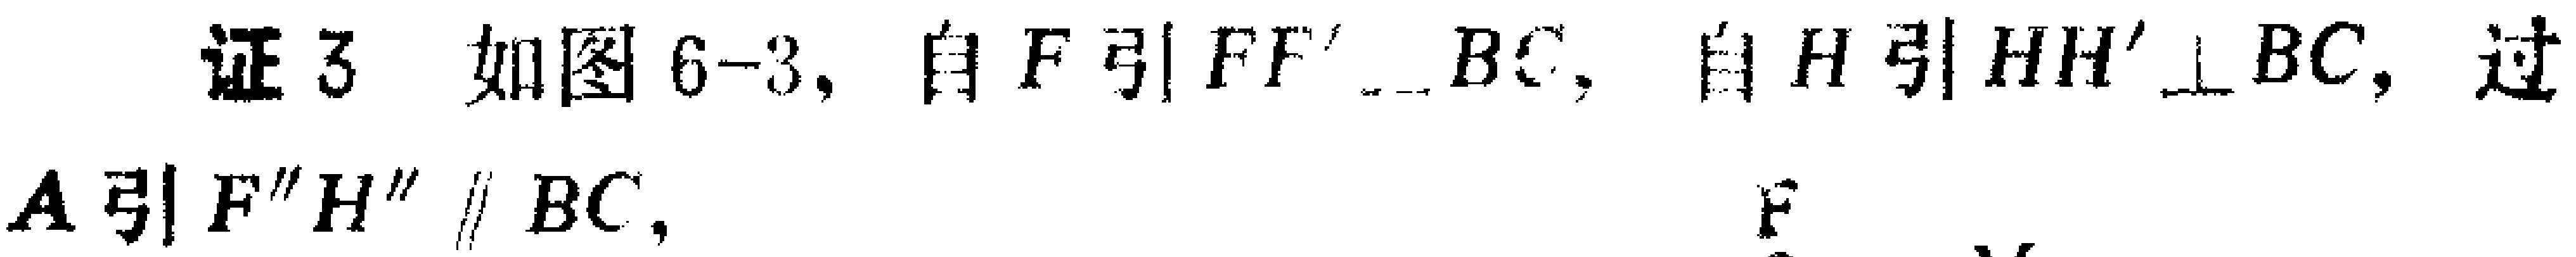
证3 如图6-3, 自\(F\)引\(FF'\perp BC\), 自\(H\)引\(HH'\perp BC\), 过\(A\)引\(F''H'' \parallel BC\),